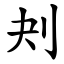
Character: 刔